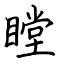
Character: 瞠